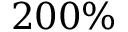
2 0 0 \%